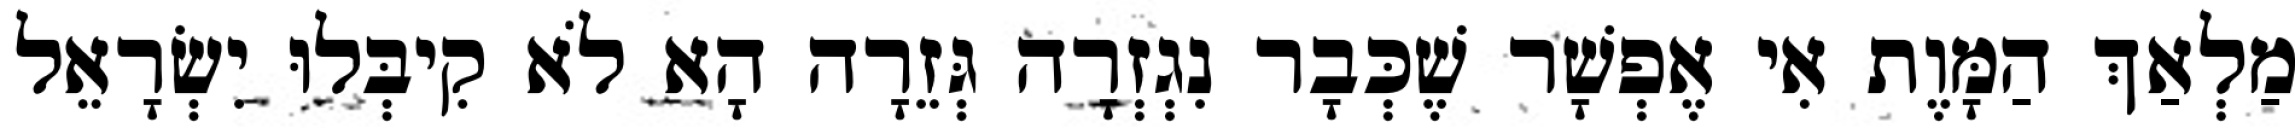
מַלְאַךְ הַמָּוֶת אִי אֶפְשָׁר שֶׁכְּבָר נִגְזְרָה גְּזֵרָה הָא לֹא קִיבְּלוּ יִשְׂרָאֵל